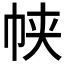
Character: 𱜤